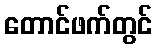
တောင်ဖက်တွင်